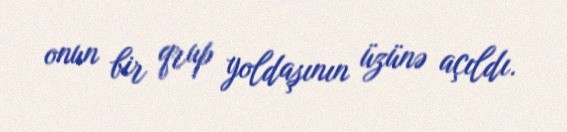
onun bir qrup yoldaşının üzünə açıldı.